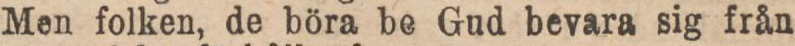
Men folken, de böra be Gud bevara sig från